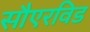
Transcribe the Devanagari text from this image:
सौएरविड